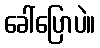
ခေါ်ပြောပဲ။